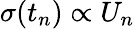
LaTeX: \sigma(t_{n})\propto U_{n}